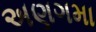
અણગમા